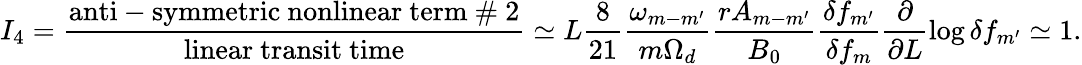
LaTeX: I_{4}=\frac{\mathrm{anti-symmetric~nonlinear~term~\# ~2}}{\mathrm{linear~transit~time}}\simeq L\frac{8}{21}\frac{\omega_{m-m^{\prime}}}{m\Omega_{d}}\frac{rA_{m-m^{\prime}}}{B_{0}}\frac{\delta f_{m^{\prime}}}{{\delta f_{m}}}\frac{\partial}{\partial L}\log\delta f_{m^{\prime}}\simeq 1.